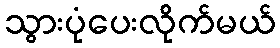
သွားပုံပေးလိုက်မယ်